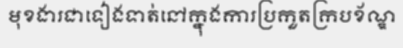
មុខងារជាទៀងទាត់នៅក្នុងការប្រកួតក្របខ័ណ្ឌ